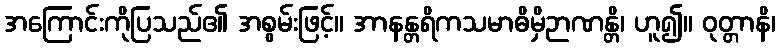
အကြောင်းကိုပြသည်၏ အစွမ်းဖြင့်။ အာနန္တရိကသမာဓိမှိဉာဏန္တိ၊ ဟူ၍။ ဝုတ္တာနိ၊